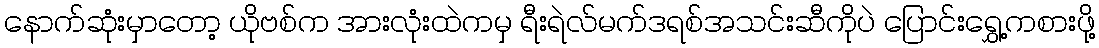
နောက်ဆုံးမှာတော့ ယိုဗစ်က အားလုံးထဲကမှ ရီးရဲလ်မက်ဒရစ်အသင်းဆီကိုပဲ ပြောင်းရွှေ့ကစားဖို့